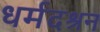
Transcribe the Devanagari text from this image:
धर्मदश्रन